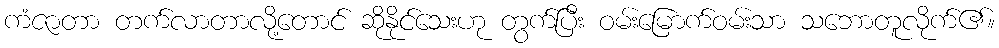
ကံဇာတာ တက်လာတာလို့တောင် ဆိုနိုင်သေးဟု တွက်ပြီး ဝမ်းမြောက်ဝမ်းသာ သဘောတူလိုက်၏။